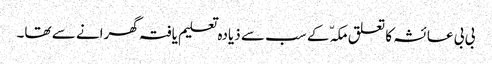
بی بی عائشہ کا تعلق مکہّ کے سب سے ذیادہ تعلیم یافتہ گھرانے سے تھا۔